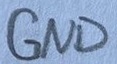
Text: GND